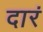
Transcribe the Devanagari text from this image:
दारं